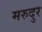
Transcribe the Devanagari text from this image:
मरुदुर